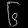
Digit: ၆